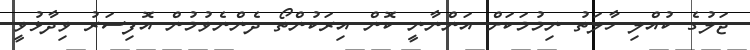
ޖަލުގެ ކުއްލި ހާލަތު ނިމުމަކަށް އަންނާނީ ކޮން އިރަކުންތޯ ދެންނެވުމުން އޮފިސަރު ވިދާޅުވީ